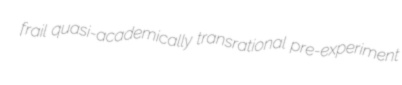
frail quasi-academically transrational pre-experiment